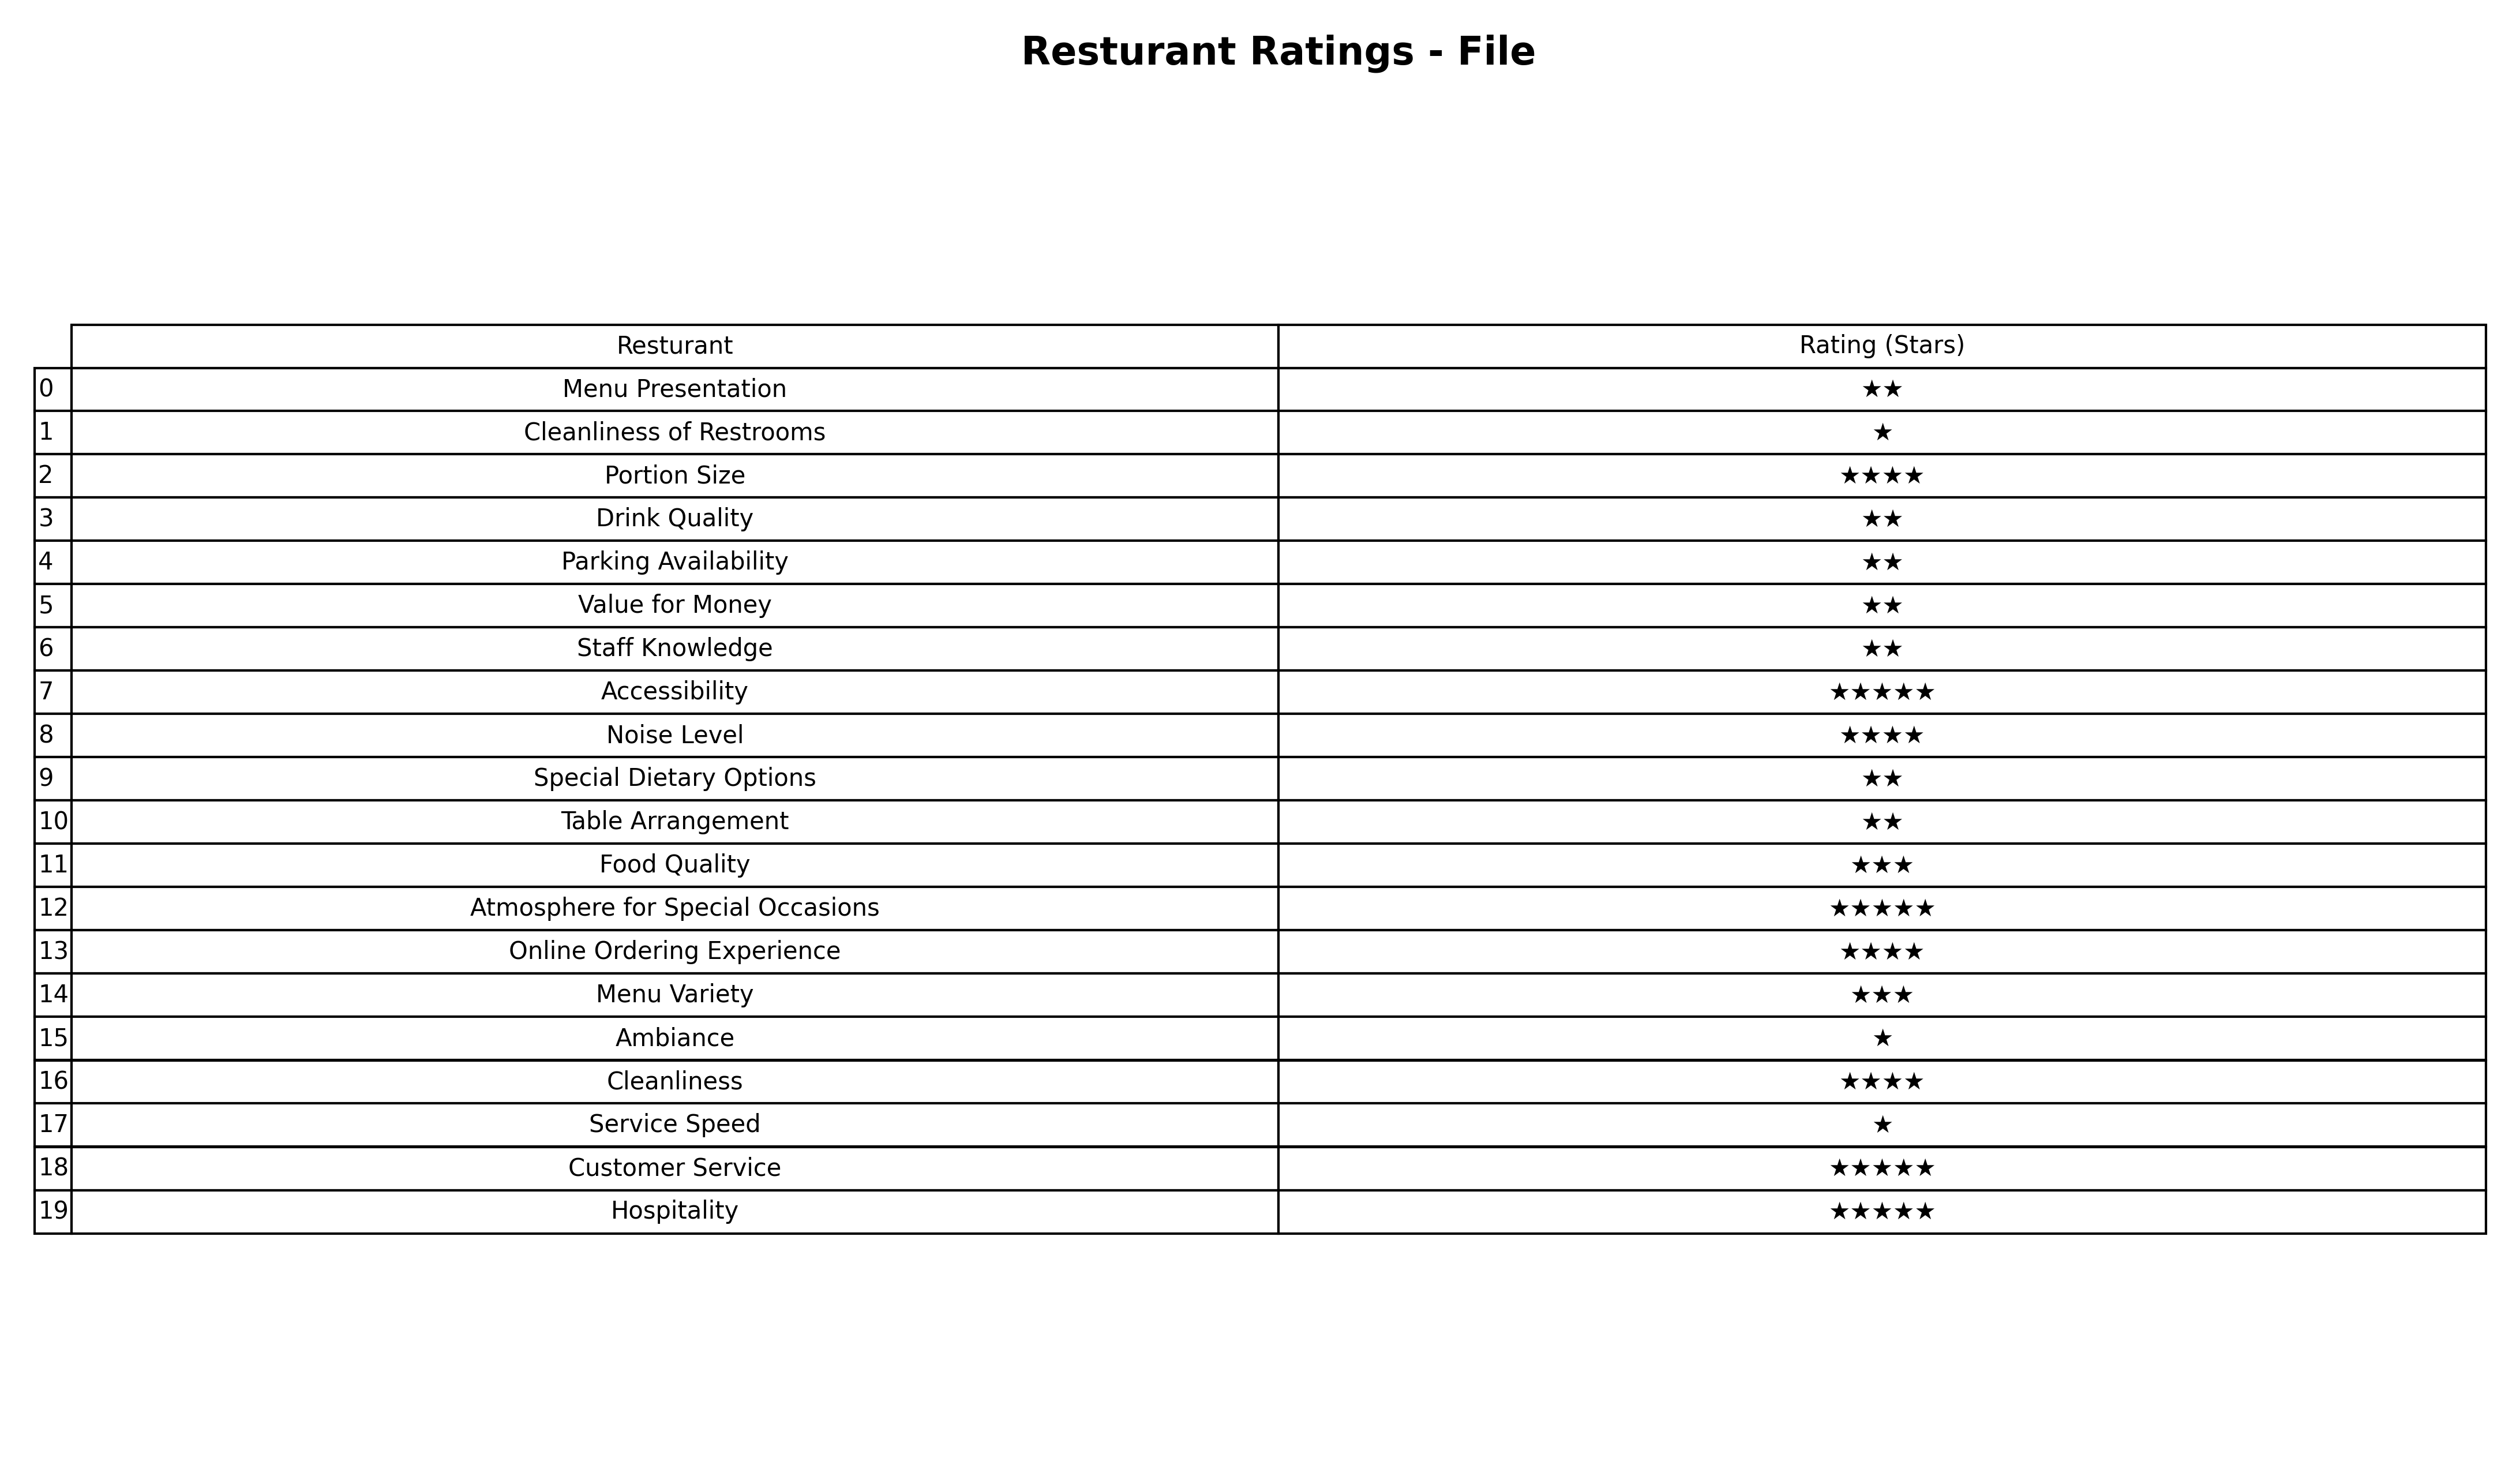
question: What is the rating of Accessibility?
answer: ★★★★★